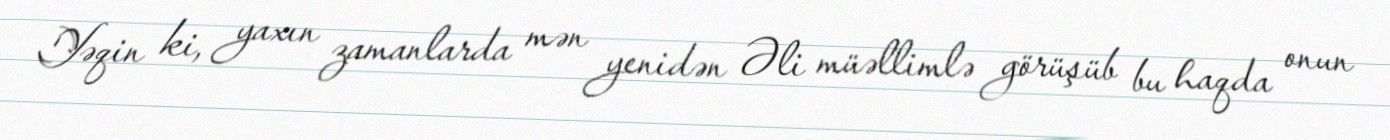
Yəqin ki, yaxın zamanlarda mən yenidən Əli müəllimlə görüşüb bu haqda onun